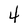
Character: 4